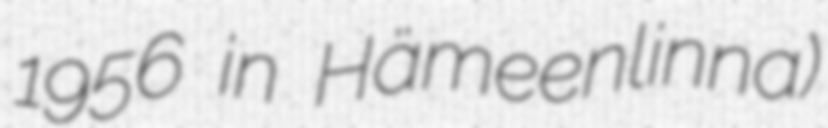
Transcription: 1956 in Hämeenlinna)